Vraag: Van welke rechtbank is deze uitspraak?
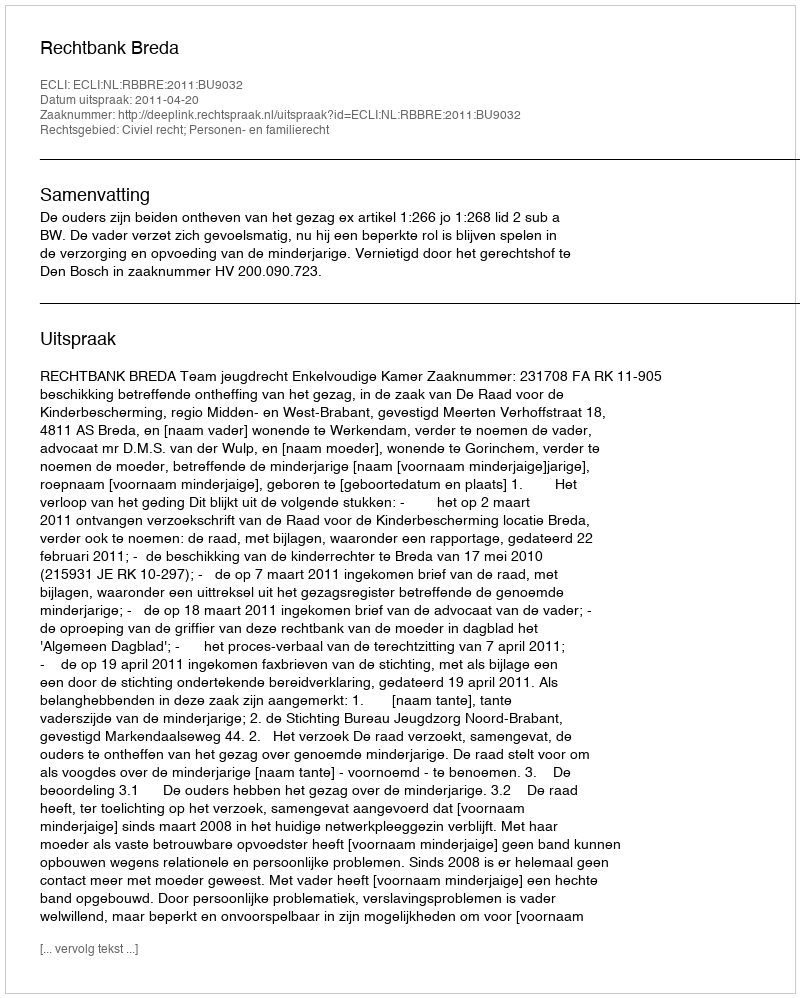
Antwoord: Rechtbank Breda